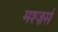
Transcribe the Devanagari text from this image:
मश्ज़र्स